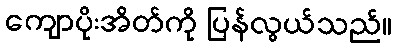
ကျောပိုးအိတ်ကို ပြန်လွယ်သည်။